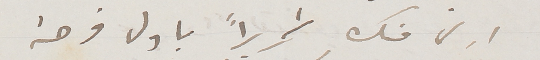
ارى منك تحريراً باول فرصة